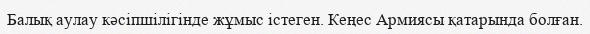
Балық аулау кәсіпшілігінде жұмыс істеген. Кеңес Армиясы қатарында болған.